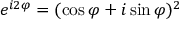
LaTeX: e ^ { i 2 \varphi } = ( \cos \varphi + i \sin \varphi ) ^ { 2 }